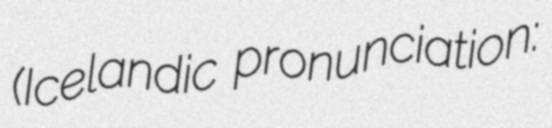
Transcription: (Icelandic pronunciation: